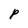
Character: P